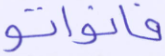
فانواتو